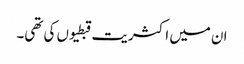
ان میں اکثریت قبطیوں کی تھی۔